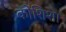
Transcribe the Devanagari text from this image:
कोशिश।